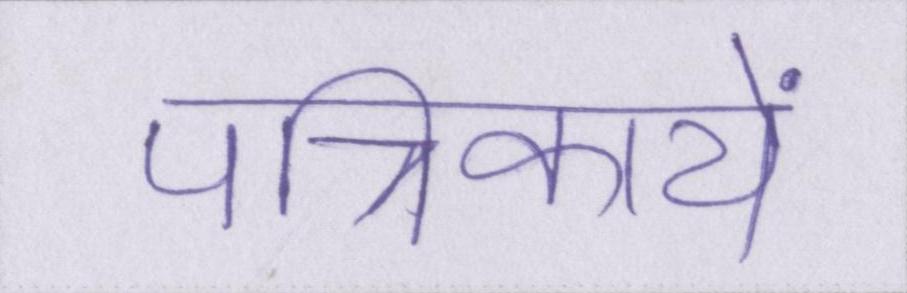
पत्रिकायें